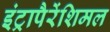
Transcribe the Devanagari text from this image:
इंट्रापैरेंशिमल